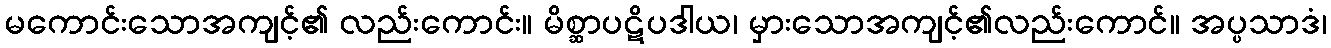
မကောင်းသောအကျင့်၏ လည်းကောင်း။ မိစ္ဆာပဋိပဒါယ၊ မှားသောအကျင့်၏လည်းကောင်။ အပ္ပသာဒံ၊